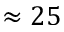
\approx 2 5